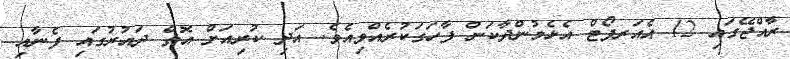
ރާއްޖޭގައި 12 އެއަރޕޯޓް އެޅެމުންދާކަން ފާހަގަކުރެއްވިއެވެ. އަދި ކުރިއަށް އޮތް ދައުރުގައި ފެނާއި